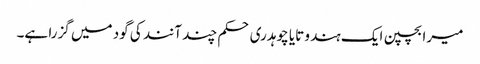
میرا بچپن ایک ہندو تایا چوہدری حکم چند آنند کی گود میں گزرا ہے۔